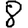
Digit: 8